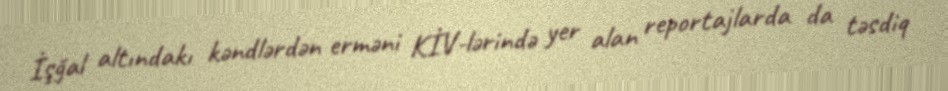
İşğal altındakı kəndlərdən erməni KİV-lərində yer alan reportajlarda da təsdiq